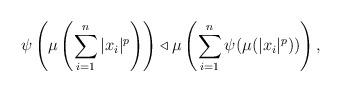
LaTeX: \begin{align*} \psi\left(\mu\left(\sum_{i=1}^n |x_i|^p\right)\right) \triangleleft \mu\left(\sum_{i=1}^n \psi(\mu(|x_i|^p))\right),\end{align*}